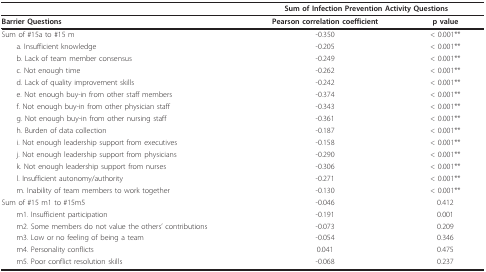
<table><thead><tr><td></td><td colspan="2"><b>Sum of Infection Prevention Activity Questions</b></td></tr></thead><tbody><tr><td><b>Barrier Questions</b></td><td><b>Pearson correlation coefficient</b></td><td><b>p value</b></td></tr><tr><td>Sum of #15a to #15 m</td><td>-0.350</td><td>&lt; 0.001**</td></tr><tr><td> a. Insufficient knowledge</td><td>-0.205</td><td>&lt; 0.001**</td></tr><tr><td> b. Lack of team member consensus</td><td>-0.249</td><td>&lt; 0.001**</td></tr><tr><td> c. Not enough time</td><td>-0.262</td><td>&lt; 0.001**</td></tr><tr><td> d. Lack of quality improvement skills</td><td>-0.242</td><td>&lt; 0.001**</td></tr><tr><td> e. Not enough buy-in from other staff members</td><td>-0.374</td><td>&lt; 0.001**</td></tr><tr><td> f. Not enough buy-in from other physician staff</td><td>-0.343</td><td>&lt; 0.001**</td></tr><tr><td> g. Not enough buy-in from other nursing staff</td><td>-0.361</td><td>&lt; 0.001**</td></tr><tr><td> h. Burden of data collection</td><td>-0.187</td><td>&lt; 0.001**</td></tr><tr><td> i. Not enough leadership support from executives</td><td>-0.158</td><td>&lt; 0.001**</td></tr><tr><td> j. Not enough leadership support from physicians</td><td>-0.290</td><td>&lt; 0.001**</td></tr><tr><td> k. Not enough leadership support from nurses</td><td>-0.306</td><td>&lt; 0.001**</td></tr><tr><td> l. Insufficient autonomy/authority</td><td>-0.271</td><td>&lt; 0.001**</td></tr><tr><td> m. Inability of team members to work together</td><td>-0.130</td><td>&lt; 0.001**</td></tr><tr><td>Sum of #15 m1 to #15m5</td><td>-0.046</td><td>0.412</td></tr><tr><td> m1. Insufficient participation</td><td>-0.191</td><td>0.001</td></tr><tr><td> m2. Some members do not value the others&#x27; contributions</td><td>-0.073</td><td>0.209</td></tr><tr><td> m3. Low or no feeling of being a team</td><td>-0.054</td><td>0.346</td></tr><tr><td> m4. Personality conflicts</td><td>0.041</td><td>0.475</td></tr><tr><td> m5. Poor conflict resolution skills</td><td>-0.068</td><td>0.237</td></tr></tbody></table>